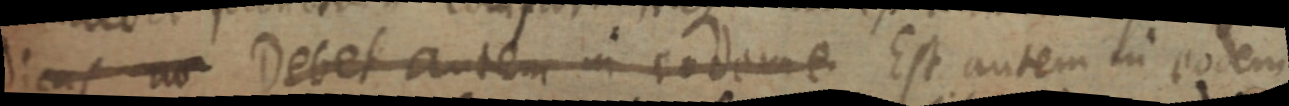
n Debet autem in eodeme Est autem in eodem